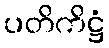
ပတိကိဋ္ဌံ